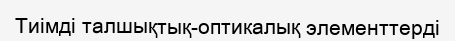
Тиімді талшықтық-оптикалық элементтерді